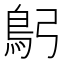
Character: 𩾫